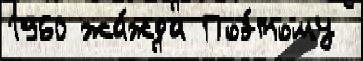
1960 жа́жда Поэ́тому